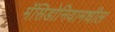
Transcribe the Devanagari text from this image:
मॅसिडोनियामधील